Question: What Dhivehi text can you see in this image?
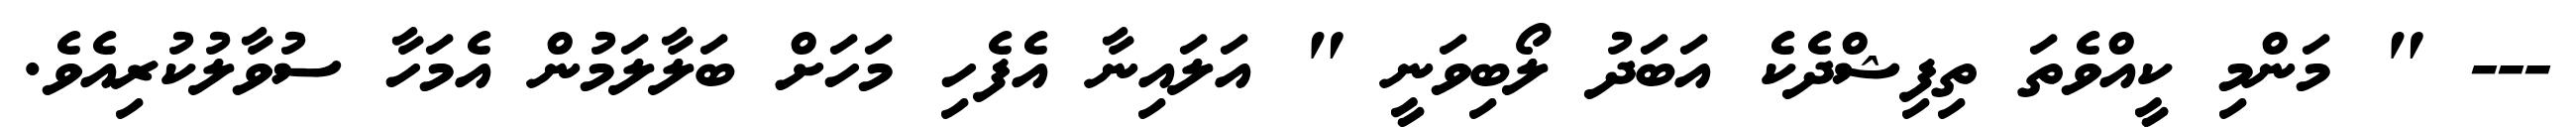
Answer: --- " މަންމި ކީއްވެތަ ތިފިޝްދެކެ އަބަދު ލޯބިވަނީ " އަލައިނާ އެފެހި މަހަށް ބަލާލަމުން އެމަހާ ސުވާލުކުރިއެވެ.